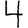
Digit: 4